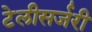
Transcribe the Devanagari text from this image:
टेलीसर्जरी